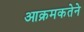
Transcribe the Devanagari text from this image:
आक्रमकतेने